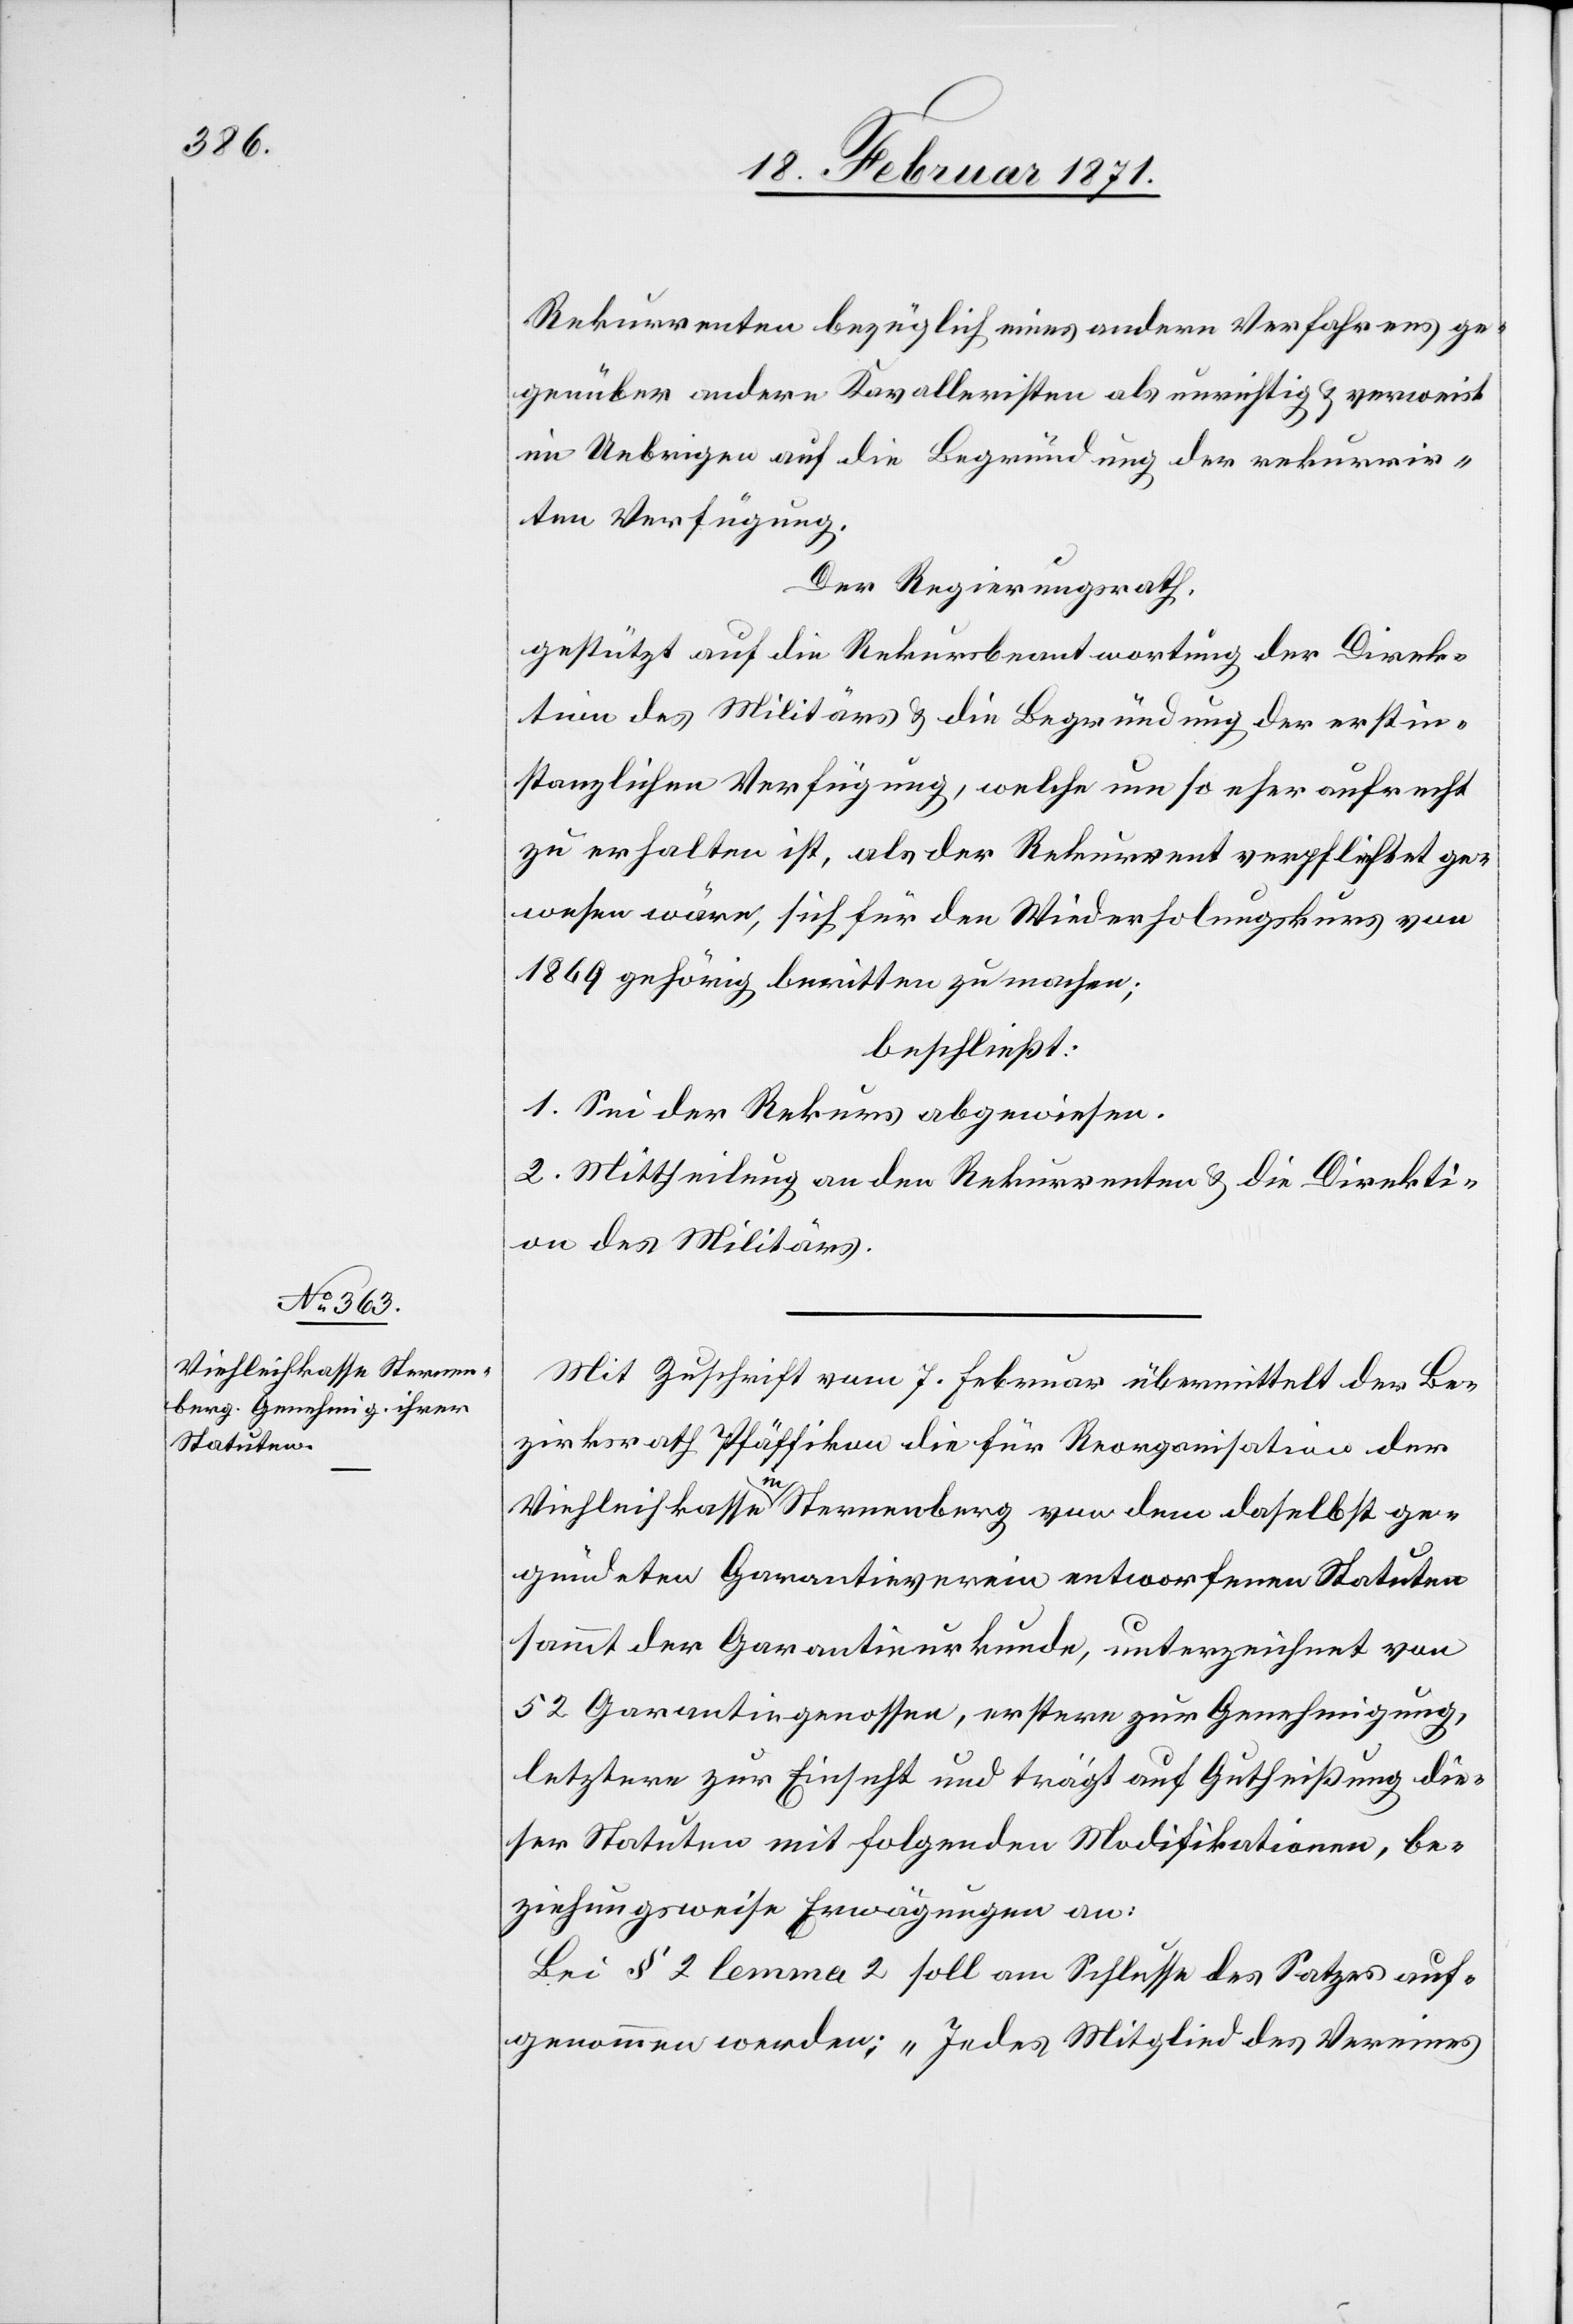
Rekurrenten bezüglich eines andern Verfahrens ge¬
genüber andern Kavalleristen als unrichtig u. verweist
im Uebrigen auf die Begründung der rekurrir¬
ten Verfügung.
Der Regierungsrath,
gestützt auf die Rekursbeantwortung der Direk¬
tion des Militärs u. die Begründung der erstin¬
stanzlichen Verfügung, welche um so eher aufrecht
zu erhalten ist, als der Rekurrent verpflichtet ge¬
wesen wäre, sich für den Wiederholungskurs von
1869 gehörig beritten zu machen;
beschließt:
1. Sei der Rekurs abgewiesen.
2. Mittheilung an den Rekurrenten u. die Direkti¬
on des Militärs.
Mit Zuschrift vom 7. Februar übermittelt der Be¬
zirksrath Pfäffikon die für Reorganisation der
Viehleihkasse in Sternenberg von dem daselbst ge¬
gründeten Garantieverein entworfenen Statuten
sammt der Garantieurkunde, unterzeichnet von
52 Garantiegenossen, erstere zur Genehmigung,
letztere zur Einsicht und trägt auf Gutheißung die¬
ser Statuten mit folgenden Modifikationen, be¬
ziehungsweise Erwägungen an:
Bei § 2 lemma 2 soll am Schlusse des Satzes auf¬
genommen werden: „Jedes Mitglied des Vereins